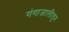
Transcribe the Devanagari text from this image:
गंगाजालीतून